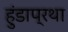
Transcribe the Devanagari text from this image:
हुंडाप्रथा